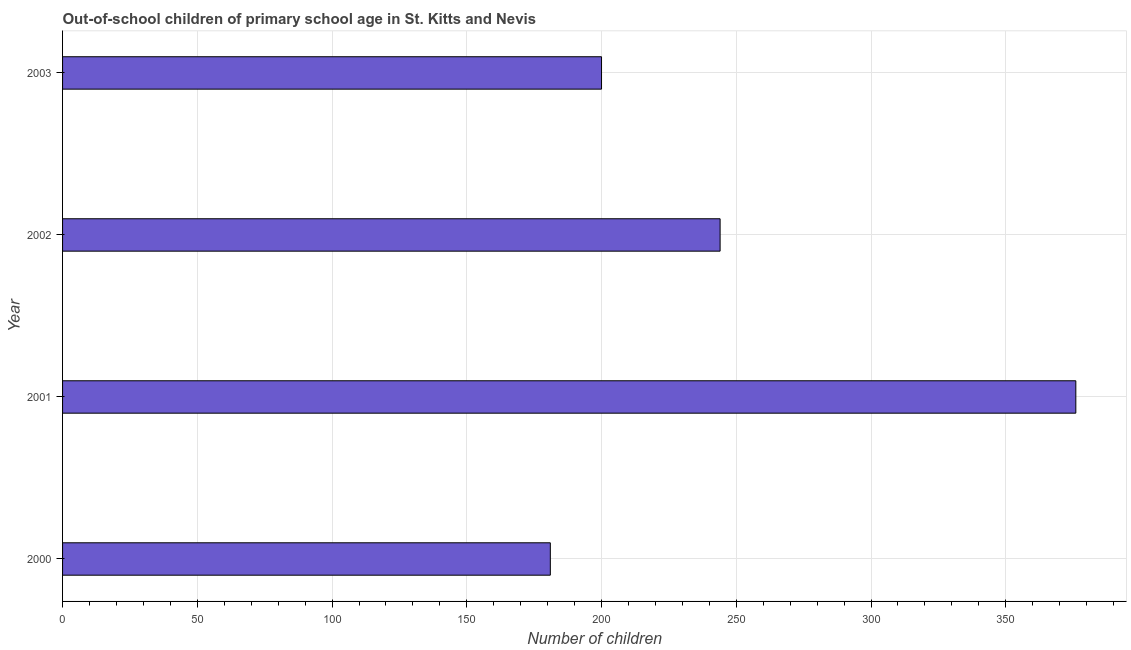
| Year | Out-of-school children of primary school age |
 | --- | --- |
 | 2000 | 181 |
 | 2001 | 376 |
 | 2002 | 244 |
 | 2003 | 200 |